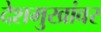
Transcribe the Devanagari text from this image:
देशमुखांवर